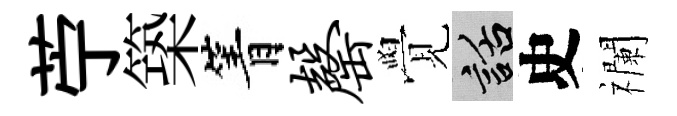
苧築箐罄覺話史襴